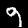
Label: 9